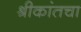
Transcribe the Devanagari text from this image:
श्रीकांतचा